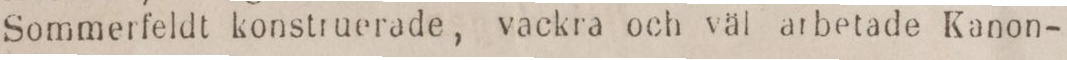
Sommerfeldt konstruerade, vackra och väl arbetade Kanon-